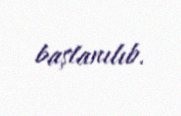
başlanılıb.